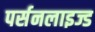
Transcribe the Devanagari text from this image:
पर्सनलाइज्ड